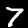
Label: 7